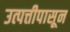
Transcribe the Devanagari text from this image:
उत्पत्तीपासून